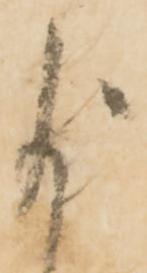
尚